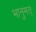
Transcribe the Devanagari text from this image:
भानुमत्